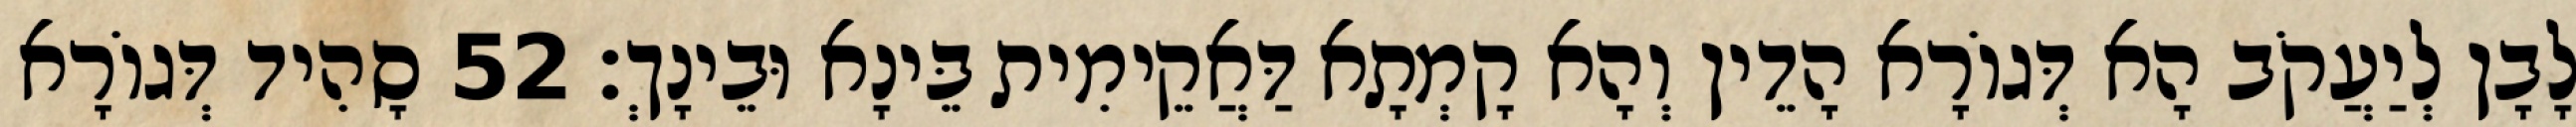
לָבָן לְיַעֲקֹב הָא דְּגוֹרָא הָדֵין וְהָא קָמְתָא דַּאֲקֵימִית בֵּינָא וּבֵינָךְ׃ 52 סָהִיד דְּגוֹרָא